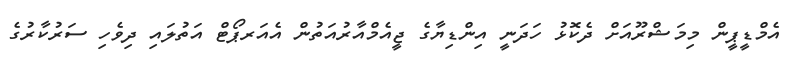
އެމްޑީޕީން މިމަޝްރޫއަށް ދެކޮޅު ހަދަނީ އިންޑިޔާގެ ޖީއެމްއާރުއަތުން އެއަރޕޯޓް އަތުލައި ދިވެހި ސަރުކާރުގެ